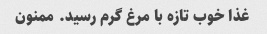
غذا خوب تازه با مرغ گرم رسید. ممنون